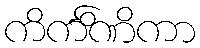
ကိင်္ကိဏိကာ